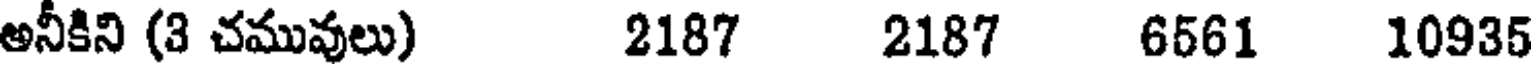
అనీకిని (3 చమువులు) 2187 2187 6561 10935